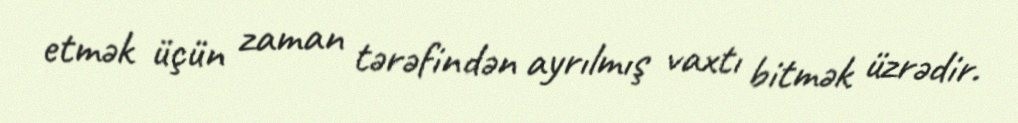
etmək üçün zaman tərəfindən ayrılmış vaxtı bitmək üzrədir.